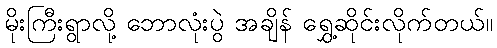
မိုးကြီးရွာလို့ ဘောလုံးပွဲ အချိန် ရွှေ့ဆိုင်းလိုက်တယ်။